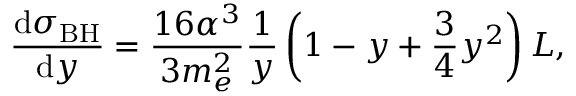
\frac { \mathrm { d } \sigma _ { \mathrm { B H } } } { \mathrm { d } y } = \frac { 1 6 \alpha ^ { 3 } } { 3 m _ { e } ^ { 2 } } \frac { 1 } { y } \left( 1 - y + \frac { 3 } { 4 } y ^ { 2 } \right) L ,